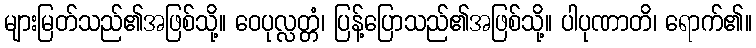
များမြတ်သည်၏အဖြစ်သို့။ ဝေပုလ္လတ္တံ၊ ပြန့်ပြောသည်၏အဖြစ်သို့။ ပါပုဏာတိ၊ ရောက်၏။